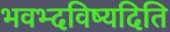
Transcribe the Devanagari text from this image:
भवभ्दविष्यदिति